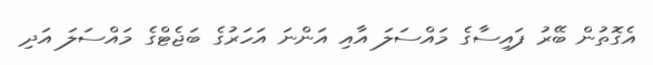
އެގޮތުން ބޭރު ފައިސާގެ މައްސަލަ އާއި އަންނަ އަހަރުގެ ބަޖެޓްގެ މައްސަލަ އަދި